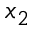
x _ { 2 }